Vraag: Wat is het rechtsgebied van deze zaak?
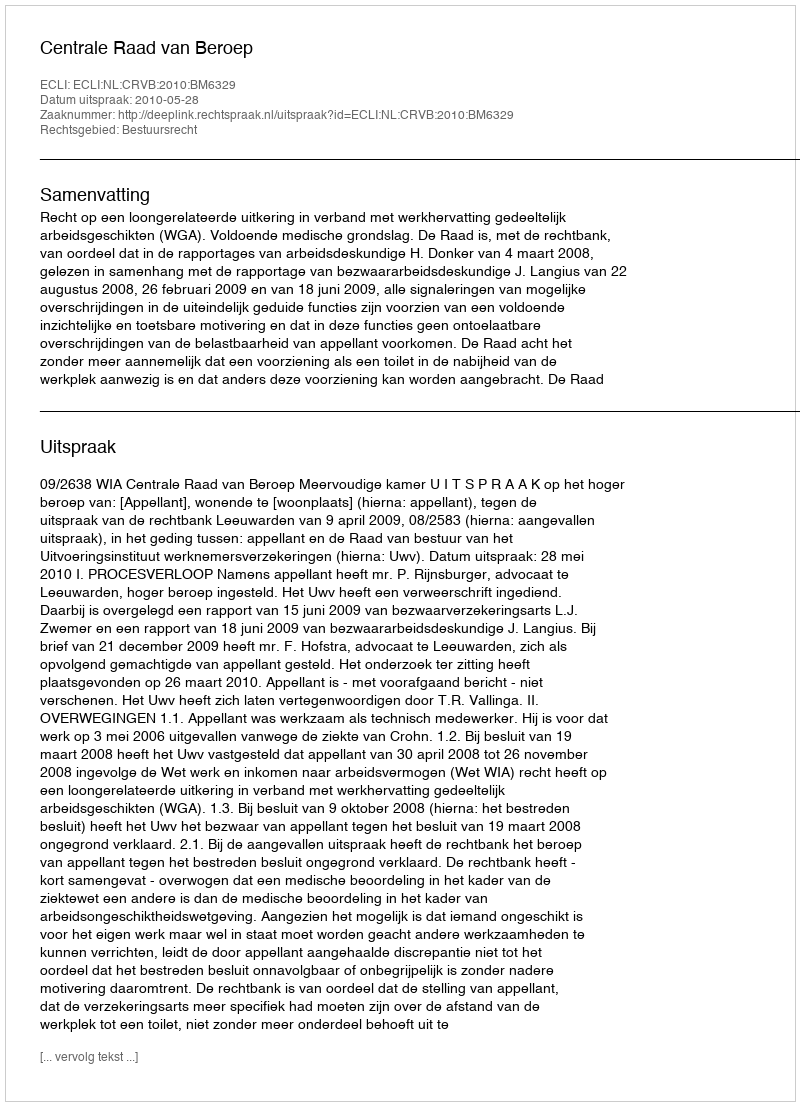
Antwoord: Bestuursrecht